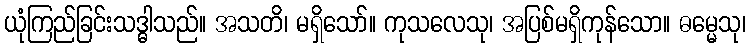
ယုံကြည်ခြင်းသဒ္ဓါသည်။ အသတိ၊ မရှိသော်။ ကုသလေသု၊ အပြစ်မရှိကုန်သော။ ဓမ္မေသု၊